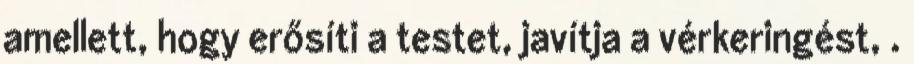
amellett, hogy erősíti a testet, javítja a vérkeringést, .